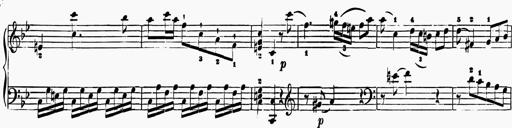
Title: 6 Sonatas
Composer: Muzio Clementi